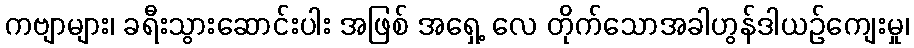
ကဗျာများ၊ ခရီးသွားဆောင်းပါး အဖြစ် အရှေ့ လေ တိုက်သောအခါဟွန်ဒါယဉ်ကျေးမှု၊